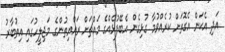
އަދި އެކަން އެގޮތަށް ކުރެއްވުމާ ގުޅިގެން އެބޭފުޅެއްގެ މައްޗަށް ރައްޔިތުންގެ މަޖިލީހުގައި އިތުބާރު